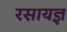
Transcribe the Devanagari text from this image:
रसायज्ञ